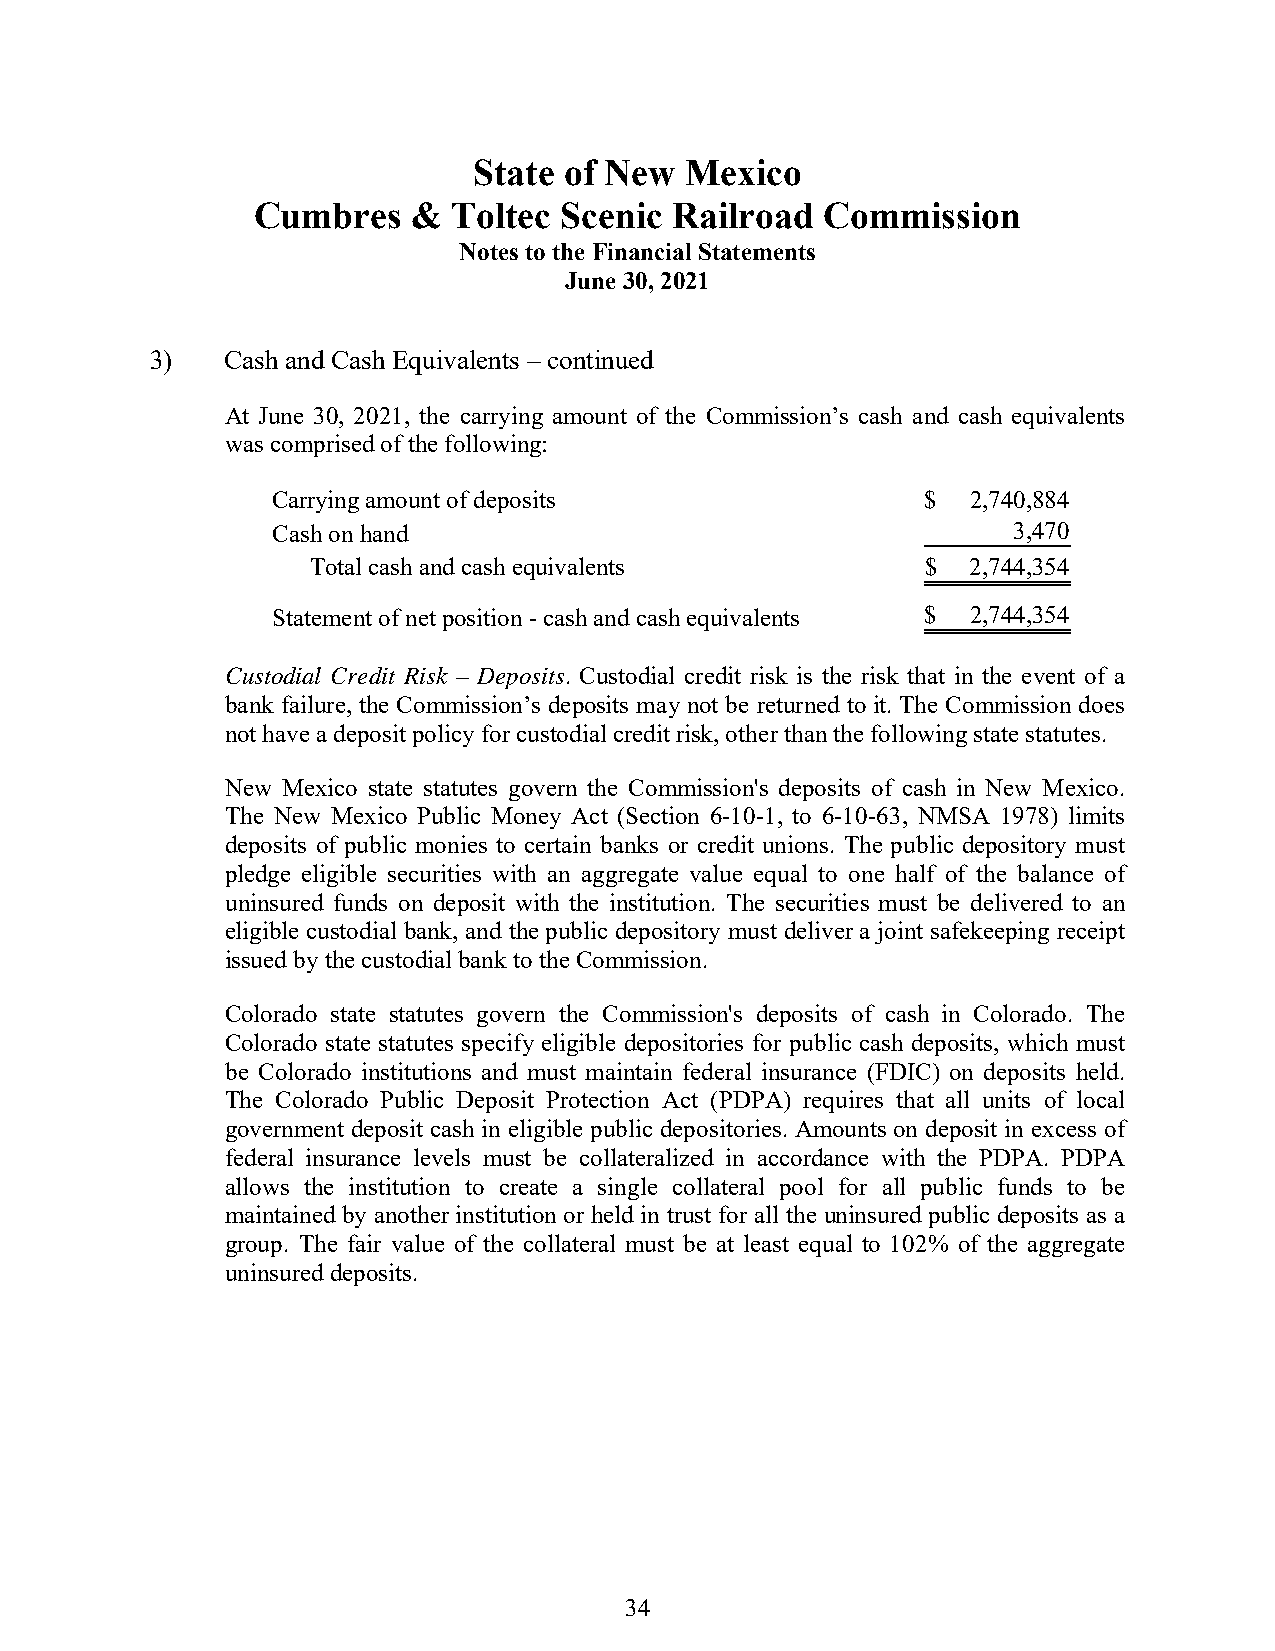
State of New  Mexico
 Cumbres   &  Toltec Scenic  Railroad  Commission
 Notes to the Financial Statements
 June 30, 2021
 3)   Cash and Cash Equivalents – continued
 At June 30, 2021, the carrying amount of the Commission’s cash and cash equivalents
 was comprised of the following:
 Carrying amount of deposits                $  2,740,884
 Cash on hand                                     3,470
 Total cash and cash equivalents          $  2,744,354
 Statement of net position - cash and cash equivalents $ 2,744,354
 Custodial Credit Risk – Deposits. Custodial credit risk is the risk that in the event of a
 bank failure, the Commission’s deposits may not be returned to it. The Commission does
 not have a deposit policy for custodial credit risk, other than the following state statutes.
 New Mexico state statutes govern the Commission's deposits of cash in New Mexico.
 The New Mexico Public Money Act (Section 6-10-1, to 6-10-63, NMSA 1978) limits
 deposits of public monies to certain banks or credit unions. The public depository must
 pledge eligible securities with an aggregate value equal to one half of the balance of
 uninsured funds on deposit with the institution. The securities must be delivered to an
 eligible custodial bank, and the public depository must deliver a joint safekeeping receipt
 issued by the custodial bank to the Commission.
 Colorado state statutes govern the Commission's deposits of cash in Colorado. The
 Colorado state statutes specify eligible depositories for public cash deposits, which must
 be Colorado institutions and must maintain federal insurance (FDIC) on deposits held.
 The Colorado Public Deposit Protection Act (PDPA) requires that all units of local
 government deposit cash in eligible public depositories. Amounts on deposit in excess of
 federal insurance levels must be collateralized in accordance with the PDPA. PDPA
 allows the institution to create a single collateral pool for all public funds to be
 maintained by another institution or held in trust for all the uninsured public deposits as a
 group. The fair value of the collateral must be at least equal to 102% of the aggregate
 uninsured deposits.
 34